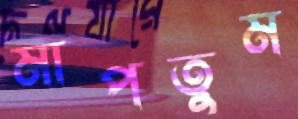
মাপতুম